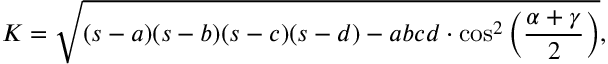
K = { \sqrt { ( s - a ) ( s - b ) ( s - c ) ( s - d ) - a b c d \cdot \cos ^ { 2 } \left( { \frac { \alpha + \gamma } { 2 } } \right) } } ,